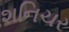
શનિચર